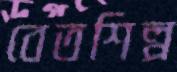
বেতশিল্প